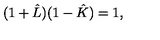
( 1 + \hat { L } ) ( 1 - \hat { K } ) = 1 ,